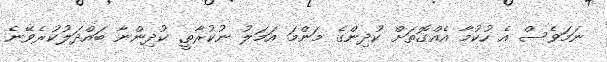
ނަމަވެސް އެ ހުކުމާ އެއްގޮތަށް ކުދިންގެ މަންމަ އަމަލު ނުކުރާތީ